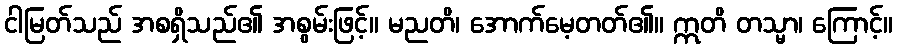
ငါမြတ်သည် အစရှိသည်၏ အစွမ်းဖြင့်။ မညတိ၊ အောက်မေ့တတ်၏။ ဣတိ တသ္မာ၊ ကြောင့်။